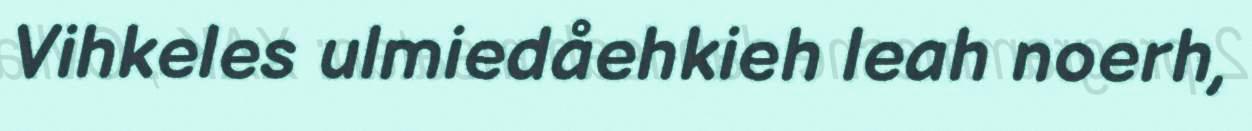
Vihkeles ulmiedåehkieh leah noerh,